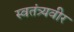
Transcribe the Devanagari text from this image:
स्वतंत्र्यवीर